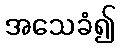
အသေခံ၍